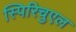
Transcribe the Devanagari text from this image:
स्पिरिचुएल